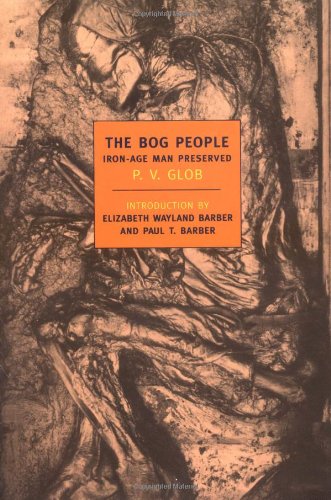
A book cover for The Bog People: Iron Age Man Preserved (New York Review Books Classics); P.V. Glob; History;